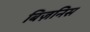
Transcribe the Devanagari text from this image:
बिज़निस